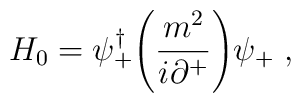
H_0 = \psi_+^\dagger \Biggl({m^2 \over i\partial^+}\Biggr)\psi_+ \;,